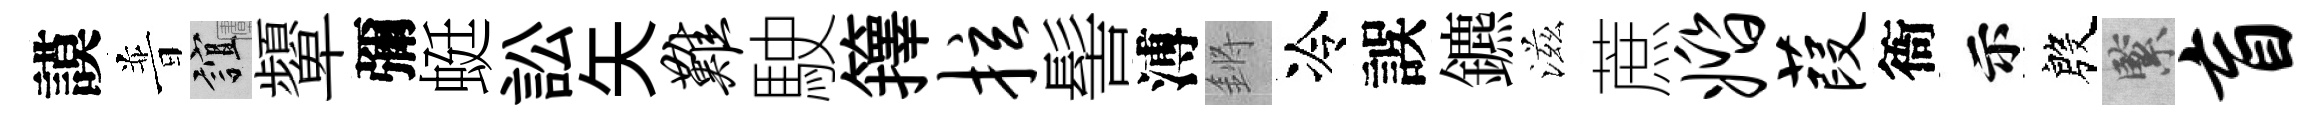
謨普誼顰彌蜓訟矢难駛籜拉髻溥鏘冷誤鑣滋蔗婚葭衙示殷緊盲